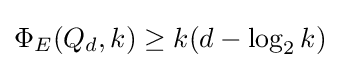
\Phi _{E}(Q_{d},k)\geq k(d-\log _{2}k)